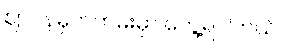
ဈာပနမှတ်တမ်းမှာ တွေ့ရပါတယ်။